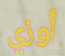
أوزي